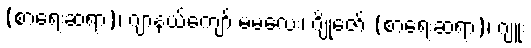
(စာရေးဆရာ)၊ ဂျာနယ်ကျော် မမလေး၊ ဂျိုဇော် (စာရေးဆရာ)၊ ဂျူး